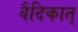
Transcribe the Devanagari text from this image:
वैदिकात्